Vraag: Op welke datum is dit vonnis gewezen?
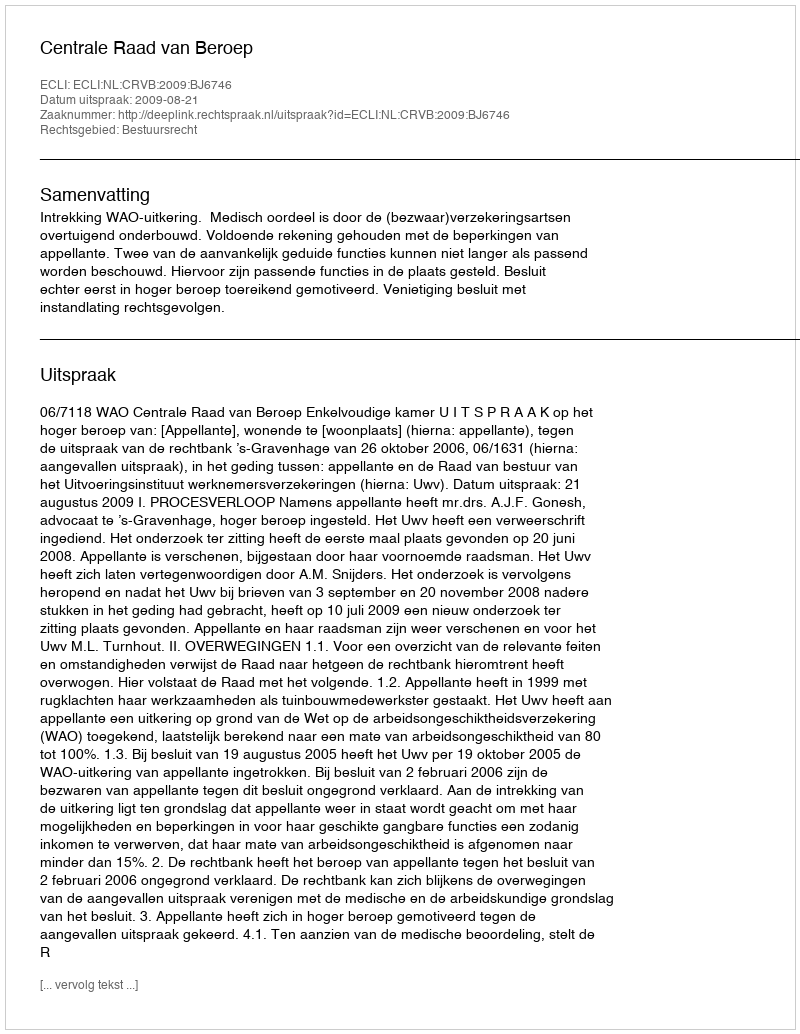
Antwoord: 2009-08-21